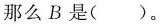
那么B是（）。